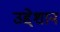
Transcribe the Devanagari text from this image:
उद्देशान